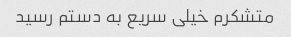
متشکرم خیلی سریع به دستم رسید